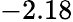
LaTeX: -2.18